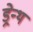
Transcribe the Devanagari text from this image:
ड्रेन्थ